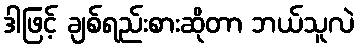
ဒါဖြင့် ချစ်ရည်းစားဆိုတာ ဘယ်သူလဲ